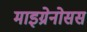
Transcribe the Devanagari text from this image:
माइग्रेनोसस